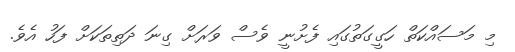
މި މަސައްކަތް ހަގީގަތުގައި ފެށުނީ ވެސް ވަރަށް ގިނަ ދަތިތަކަށް ފަހު އެވެ.